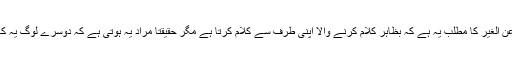
حکایت عن الغیر کا مطلب یہ ہے کہ بظاہر کلام کرنے والا اپنی طرف سے کلام کرتا ہے مگر حقیقتاً مراد یہ ہوتی ہے کہ دوسرے لوگ یہ کہتے ہیں۔